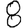
Digit: 8